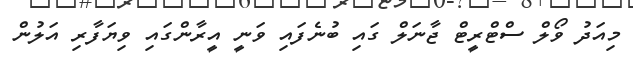
މިއަދު ވޯލް ސްޓްރީޓް ޖާނަލް ގައި ބުނެފައި ވަނީ އީރާންގައި ވިޔަފާރި އަލުން